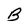
Character: B